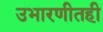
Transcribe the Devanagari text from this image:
उभारणीतही